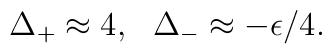
~\Delta_+ \approx 4, ~~\Delta_- \approx - \epsilon/4.